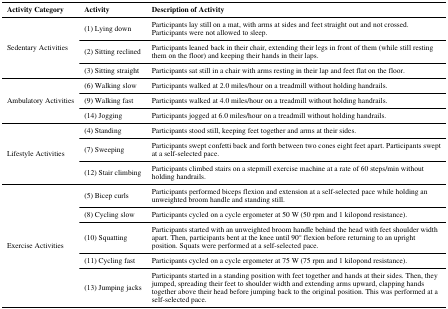
<table><thead><tr><td><b>Activity Category</b></td><td><b>Activity</b></td><td><b>Description of Activity</b></td></tr></thead><tbody><tr><td rowspan="3">Sedentary Activities</td><td>(1) Lying down</td><td>Participants lay still on a mat, with arms at sides and feet straight out and not crossed. Participants were not allowed to sleep.</td></tr><tr><td>(2) Sitting reclined</td><td>Participants leaned back in their chair, extending their legs in front of them (while still resting them on the floor) and keeping their hands in their laps.</td></tr><tr><td>(3) Sitting straight</td><td>Participants sat still in a chair with arms resting in their lap and feet flat on the floor.</td></tr><tr><td rowspan="3">Ambulatory Activities</td><td>(6) Walking slow</td><td>Participants walked at 2.0 miles/hour on a treadmill without holding handrails.</td></tr><tr><td>(9) Walking fast</td><td>Participants walked at 4.0 miles/hour on a treadmill without holding handrails.</td></tr><tr><td>(14) Jogging</td><td>Participants jogged at 6.0 miles/hour on a treadmill without holding handrails.</td></tr><tr><td rowspan="3">Lifestyle Activities</td><td>(4) Standing</td><td>Participants stood still, keeping feet together and arms at their sides.</td></tr><tr><td>(7) Sweeping</td><td>Participants swept confetti back and forth between two cones eight feet apart. Participants swept at a self-selected pace.</td></tr><tr><td>(12) Stair climbing</td><td>Participants climbed stairs on a stepmill exercise machine at a rate of 60 steps/min without holding handrails.</td></tr><tr><td rowspan="5">Exercise Activities</td><td>(5) Bicep curls</td><td>Participants performed biceps flexion and extension at a self-selected pace while holding an unweighted broom handle and standing still.</td></tr><tr><td>(8) Cycling slow</td><td>Participants cycled on a cycle ergometer at 50 W (50 rpm and 1 kilopond resistance).</td></tr><tr><td>(10) Squatting</td><td>Participants started with an unweighted broom handle behind the head with feet shoulder width apart. Then, participants bent at the knee until 90° flexion before returning to an upright position. Squats were performed at a self-selected pace.</td></tr><tr><td>(11) Cycling fast</td><td>Participants cycled on a cycle ergometer at 75 W (75 rpm and 1 kilopond resistance).</td></tr><tr><td>(13) Jumping jacks</td><td>Participants started in a standing position with feet together and hands at their sides. Then, they jumped, spreading their feet to shoulder width and extending arms upward, clapping hands together above their head before jumping back to the original position. This was performed at a self-selected pace.</td></tr></tbody></table>